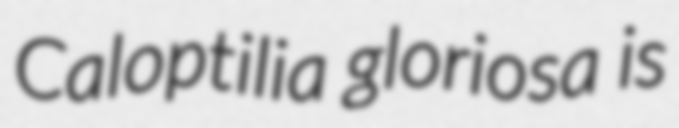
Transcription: Caloptilia gloriosa is